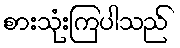
စားသုံးကြပါသည်